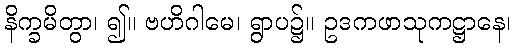
နိက္ခမိတွာ၊ ၍။ ဗဟိဂါမေ၊ ရွာပ၌။ ဥဒကဖာသုကဋ္ဌာနေ၊